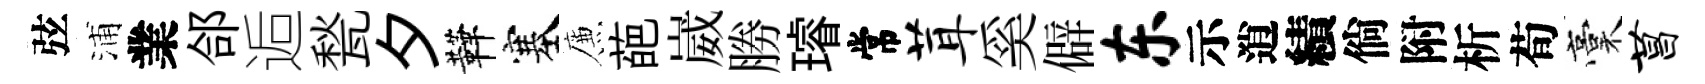
弦浦業郃逅甃夕鞾塞簾葩崴勝璿常茸奚僻东示逍績倘附析荀稾菖